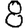
Digit: 8